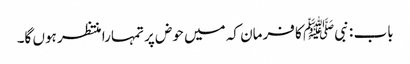
باب : نبیﷺ کا فرمان کہ میں حوض پر تمہارا منتظر ہوں گا۔